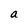
Character: a